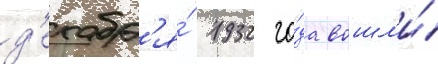
д'екабр'я́ 1932 го́да вошл'и́